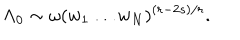
LaTeX: \Lambda _ { 0 } \sim \omega ( w _ { 1 } \ldots w _ { N } ) ^ { ( r - 2 s ) / r } .